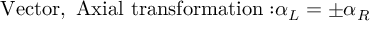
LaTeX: \mathrm { V e c t o r , ~ A x i a l ~ t r a n s f o r m a t i o n : } \alpha _ { L } = \pm \alpha _ { R }